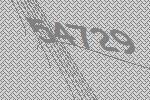
54729